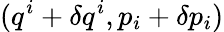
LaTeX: (q^{i}+\delta q^{i},p_{i}+\delta p_{i})